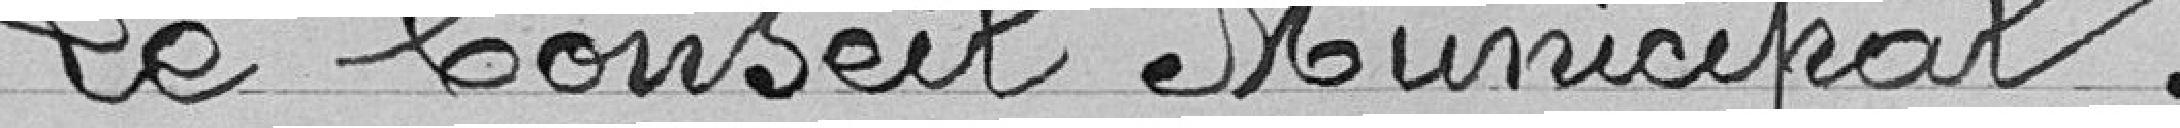
Le Conseil Municipal,